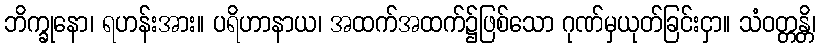
ဘိက္ခုနော၊ ရဟန်းအား။ ပရိဟာနာယ၊ အထက်အထက်၌ဖြစ်သော ဂုဏ်မှယုတ်ခြင်းငှာ။ သံဝတ္တန္တိ၊